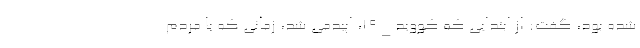
شده بود، گفت: از ابتدایی که کووید_۱۹، اپیدمی شد، زمانی که با مردم